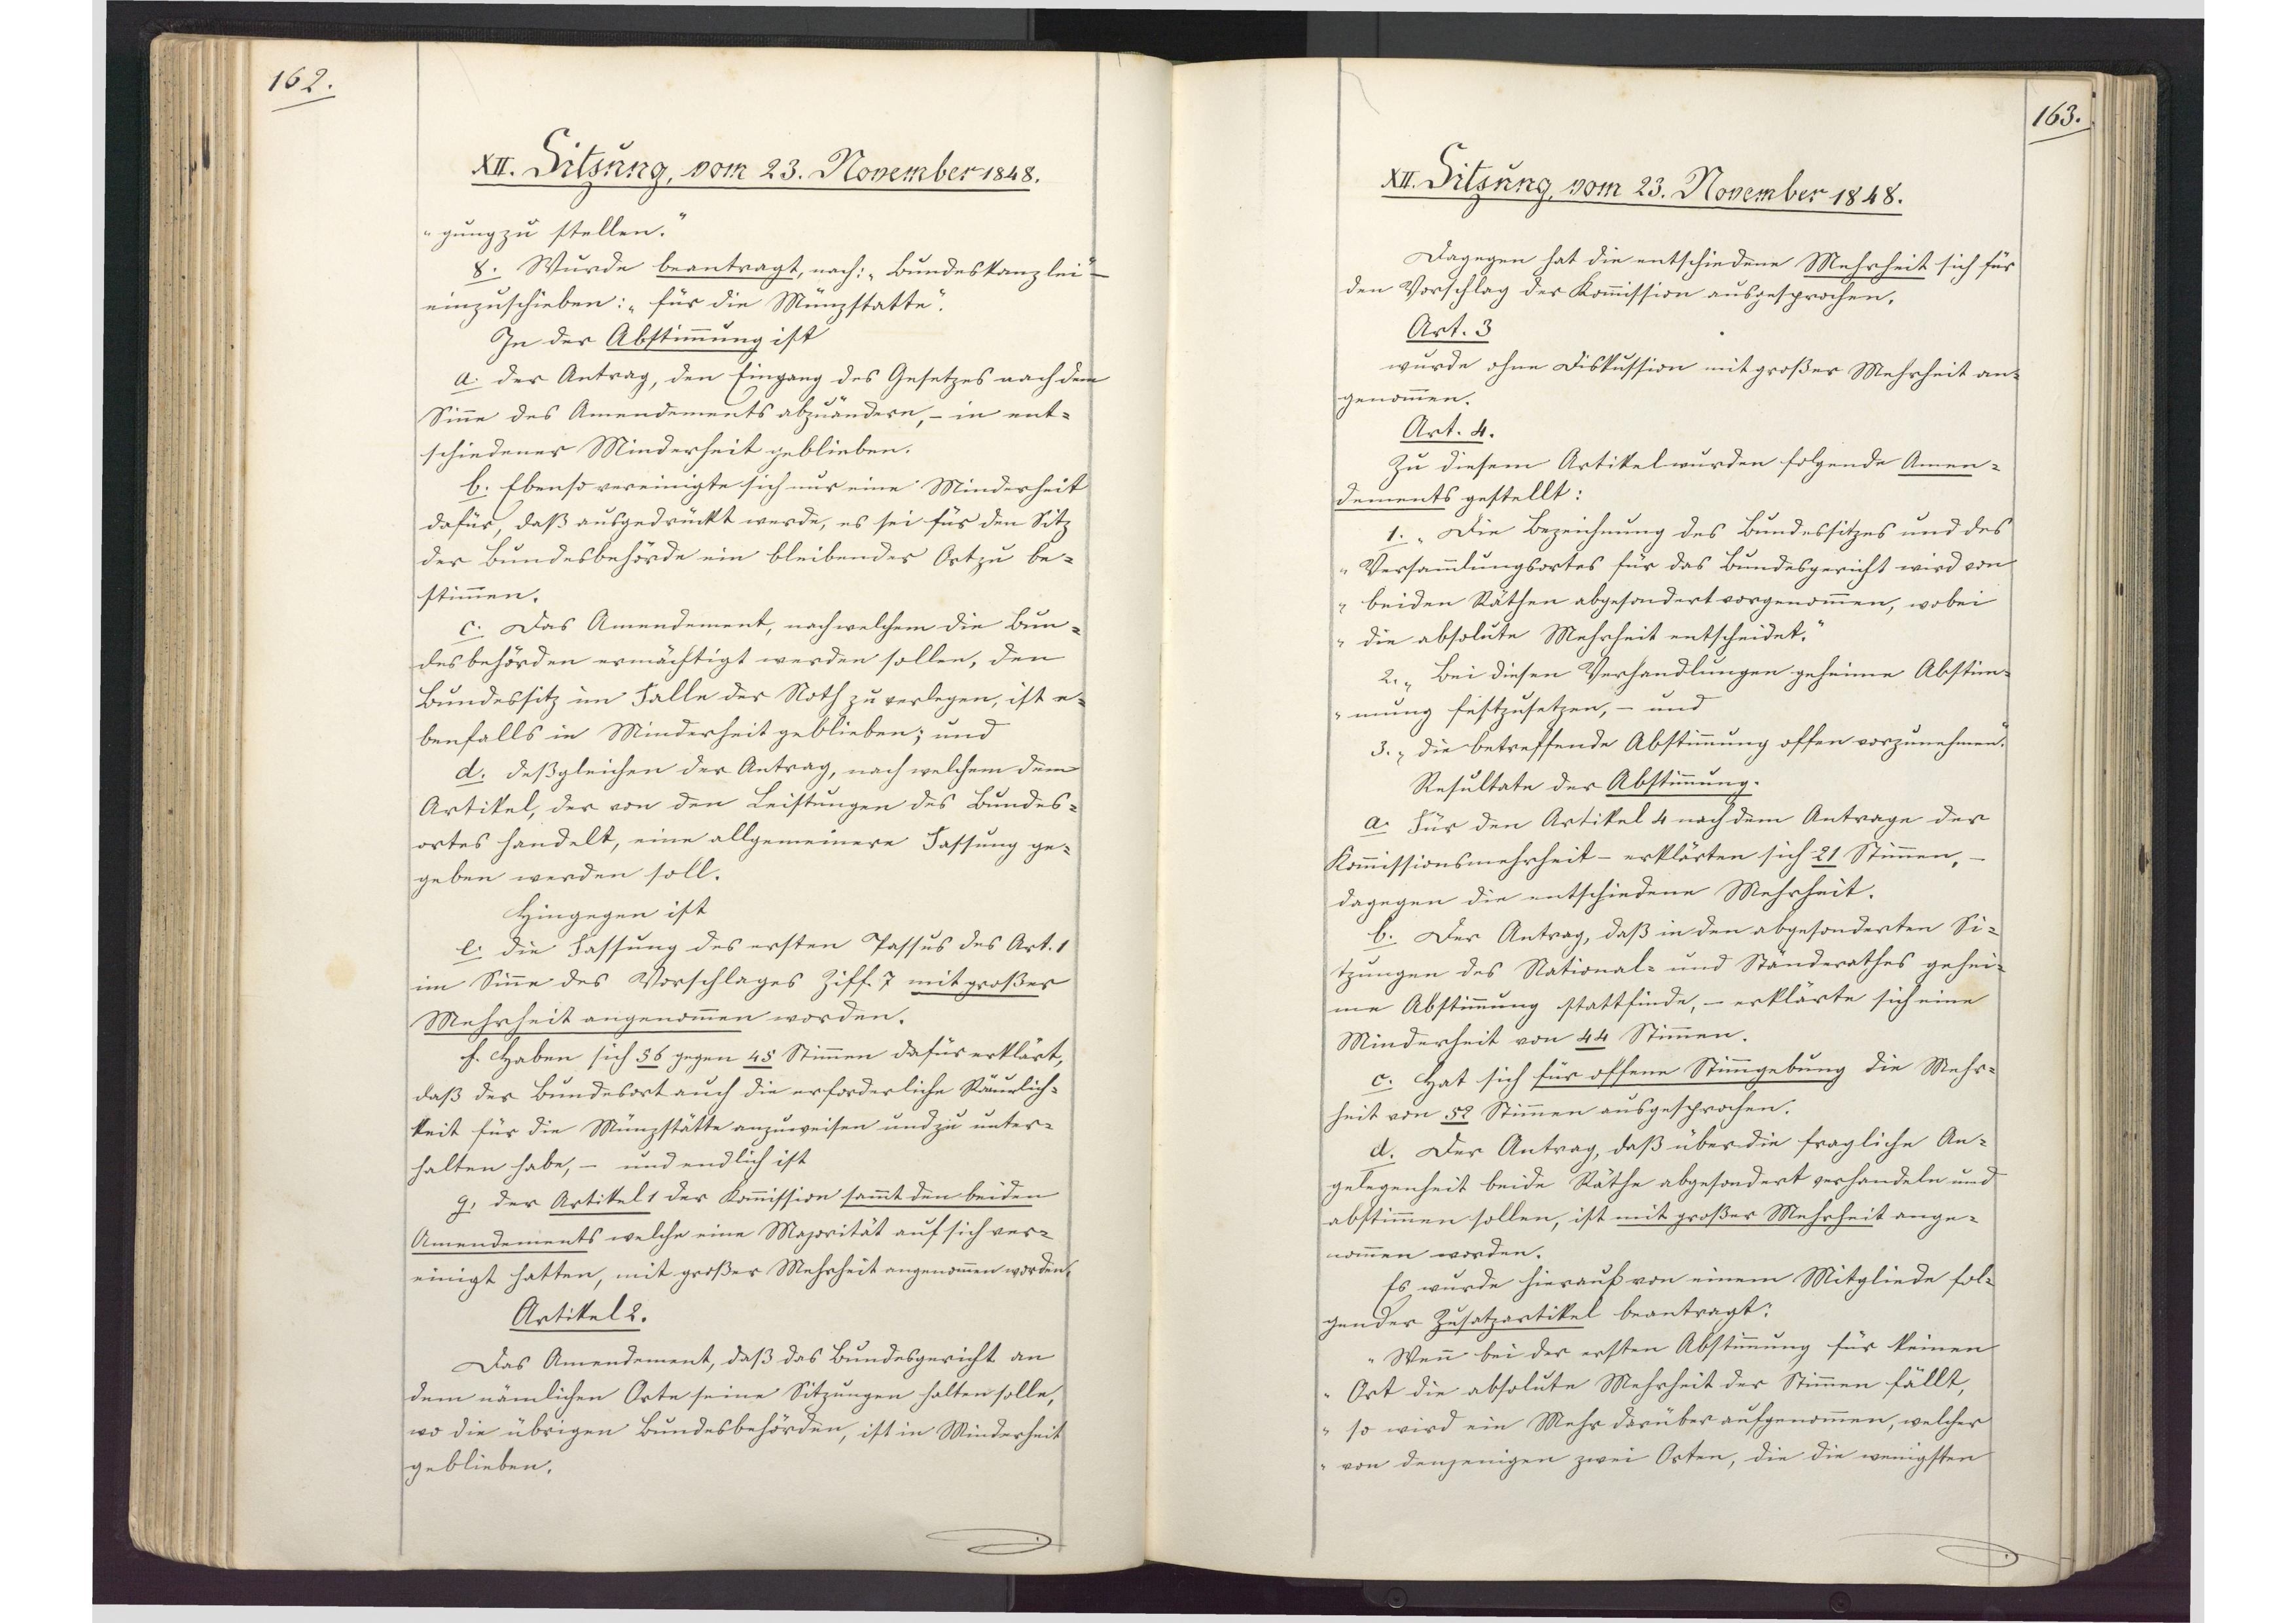
162.

XII. Sitzung, vom 23. November 1848.

gung zu stellen."
8. Wurde beantragt, nach: "Bundeskanzlei" -
einzuschieben: "für die Münzstatte".
In der Abstimmung ist
a. der Antrag, den Eingang des Gesetzes nach den
Sinne des Amendements abzuändern, - in ent¬
schiedener Minderheit geblieben.
b. Ebenso vereinigte sich nur eine Minderheit
dafür, daß ausgedrückt werde, es sei für den Sitz
der Bundesbehörde ein bleibender Ort zu be¬
stimmen.
c. Das Amendement, nach welchem die Bun¬
desbehörden ermächtigt werden sollen, den
Bundessitz im Falle der Noth zu verlegen, ist e¬
benfalls in Minderheit geblieben; und
d. deßgleichen der Antrag, nach welchem dem
Artikel, der von den Leistungen des Bundes¬
ortes handelt, eine allgemeinere Fassung ge¬
geben werden soll.
Hingegen ist
e. die Fassung des ersten Passus des Art. 1
im Sinne des Vorschlages Ziff. 7 mit großer
Mehrheit angenommen worden.
f. Haben sich 56 gegen 45 Stimmen dafür erklärt,
daß der Bundesort auch die erforderliche Räumlich¬
keit für die Münzstätte anzuweisen und zu unter¬
halten habe, - und endlich ist
g. der Artikel 1 der Kommission sammt den beiden
Amendements welche eine Majorität auf sich ver¬
einigt hatten, mit großer Mehrheit angenommen worden.
Artikel 2.
Das Amendement, daß das Bundesgericht an
dem nämlichen Orte seine Sitzungen halten solle,
wo die übrigen Bundesbehörden, ist in Minderheit
geblieben.

163.

XII. Sitzung, vom 23. November 1848.

Dagegen hat die entschiedene Mehrheit sich für
den Vorschlag der Kommission ausgesprochen.
Art. 3
wurde ohne Diskussion mit großer Mehrheit an¬
genommen.
Art. 4.
Zu diesem Artikel wurden folgende Amen¬
dements gestellt:
1. "Die Bezeichnung des Bundessitzes und des
Versammlungsortes für das Bundesgericht wird von
beiden Räthen abgesondert vorgenommen, wobei
die absolute Mehrheit entscheidet."
2. "Bei diesen Verhandlungen geheime Abstim¬
mung festzusetzen, - und
3. "die betreffende Abstimmung offen vorzunehmen."
Resultate der Abstimmung.
a. Für den Artikel 4 nach dem Antrage der
Kommissionsmehrheit - erklärten sich 21 Stimmen, -
dagegen die entschiedene Mehrheit.
b. Der Antrag, daß in den abgesonderten Si¬
tzungen des National- und Ständerathes gehei¬
me Abstimmung stattfinde, - erklärte sich eine
Minderheit von 44 Stimmen.
c. Hat sich für offene Stimmgebung die Mehr¬
heit von 52 Stimmen ausgesprochen.
d. Der Antrag, daß über die fragliche An¬
gelegenheit beide Räthe abgesondert verhandeln und
abstimmen sollen, ist mit großer Mehrheit ange¬
nommen worden.
Es wurde hierauf von einem Mitgliede fol¬
gender Zusatzartikel beantragt:
"Wenn bei der ersten Abstimmung für keinen
Ort die absolute Mehrheit der Stimmen fällt,
so wird ein Mehr darüber aufgenommen, welcher
von denjenigen zwei Orten, die die wenigsten